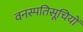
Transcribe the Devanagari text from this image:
वनस्पतिसूचियों